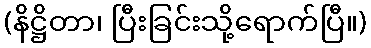
(နိဋ္ဌိတာ၊ ပြီးခြင်းသို့ရောက်ပြီ။)